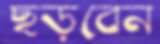
ছড়বেন